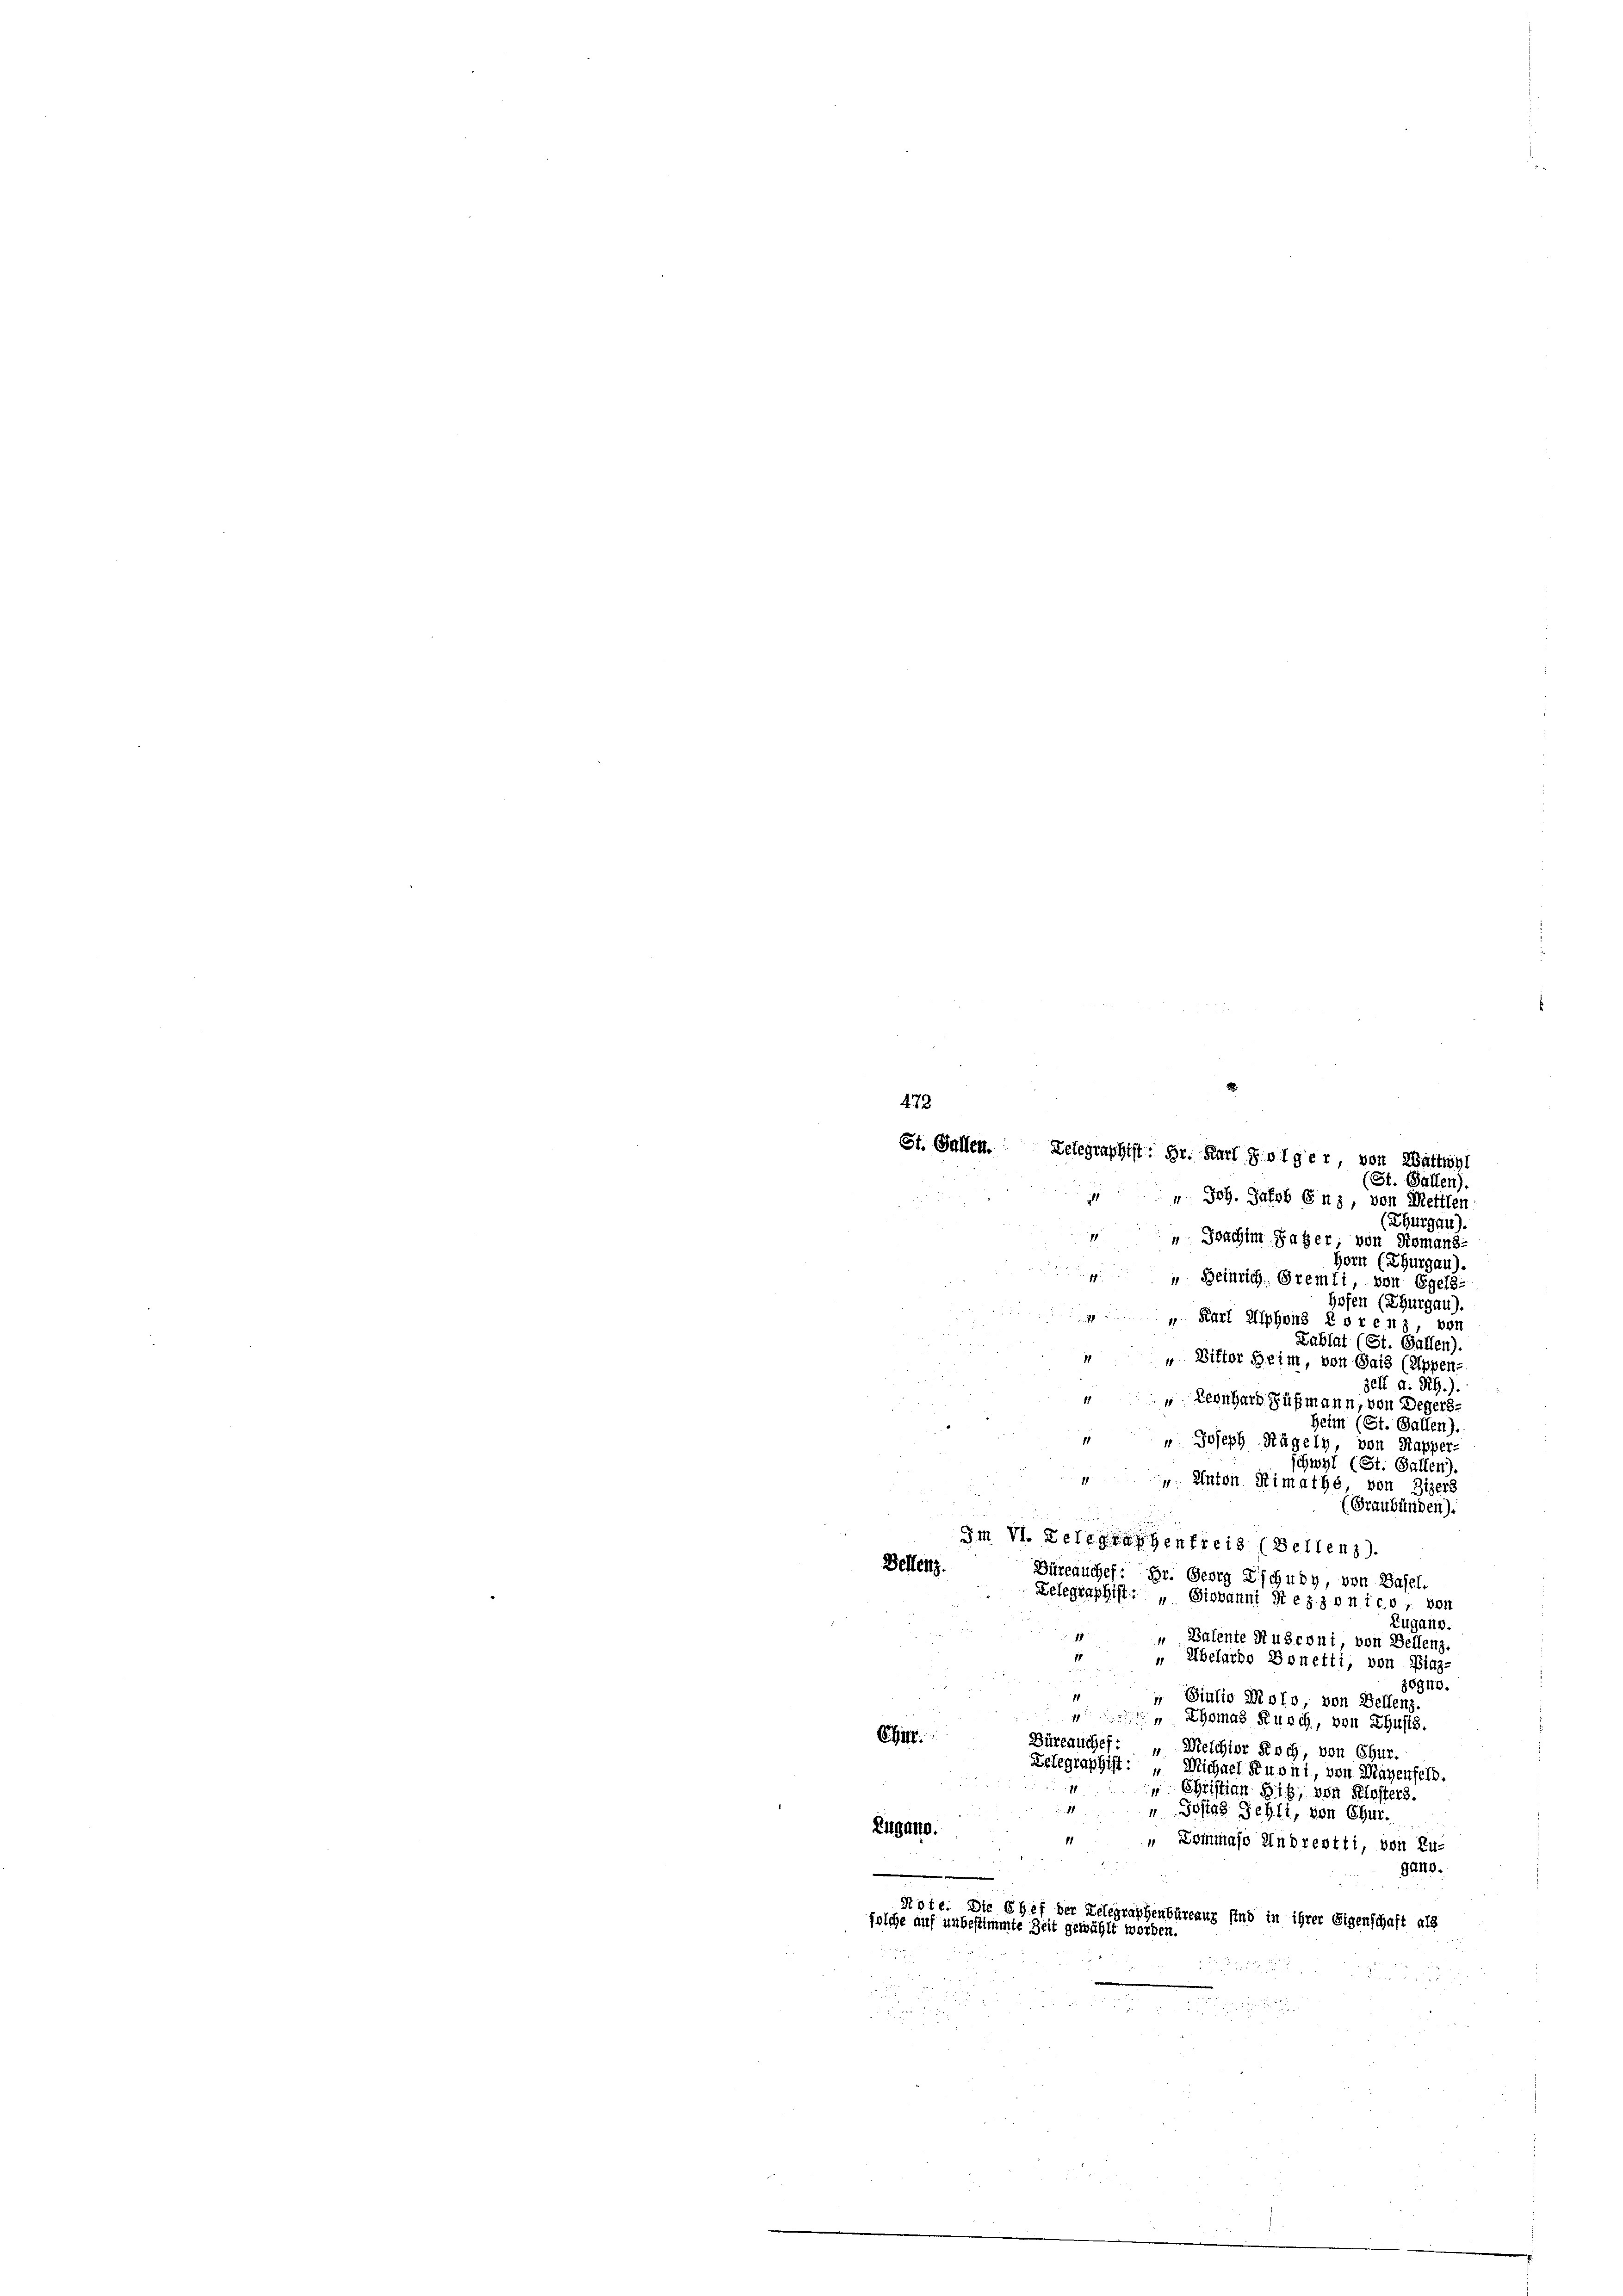
472

(Thurgau).
 Joachim Sager, von Romans-
Horn (Thurgau).
p
u. Beinrich. Premli, von Egeld-
hofen (Thurgau).
" Karl Alphons Lorenz, von
Lablat (St. Gallen)
„ Ditter Heim, von Salz (Appen-
zell a. Rh.).
" Leonhard Fußmann, von Degens-
seim (St. Gallen).
" Joseph Nägely, von Kapper-
schwyl (St. Gallen).
18
". Anton Simathe, von Zizers
(Graubünden).
3m VI. Delegraphenfreis (Bellenz).
Bellenz.
Büreauchef: Br. Georg Zischuby, von Basel.
Telegraphist: „ Giovanni Stezzonico, von
Zugano.
1 " Balente Rusconi von Bellenz.
„ Übelardo Bonetti, von Binz-
zögne.
Siulio Molo, von Bellenz.
 Thomas Kusch, von Thusis.
Citt.
Büreauchet: „Melchior Roch, von Chur.
Zelegraphist: „Michael Kuoni, von Magenfeld.
 Christian Sitz, von Klosters.
“ Testas Sehli, von Chur.
Eugano.
 Kommaso Andrentti, von Zu-
gang.
e
Rote. Die Ehef der Telegraphenbüreaur sind in ihrer Eigenschaft als
solche auf unbestimmte Zeit gewählt worden.

St. Gallen. Telegraphist. Hr. Karl Jolger von Wattwyl
(St. Gallen).
" Joh. Jacob Enz, von Mettlen